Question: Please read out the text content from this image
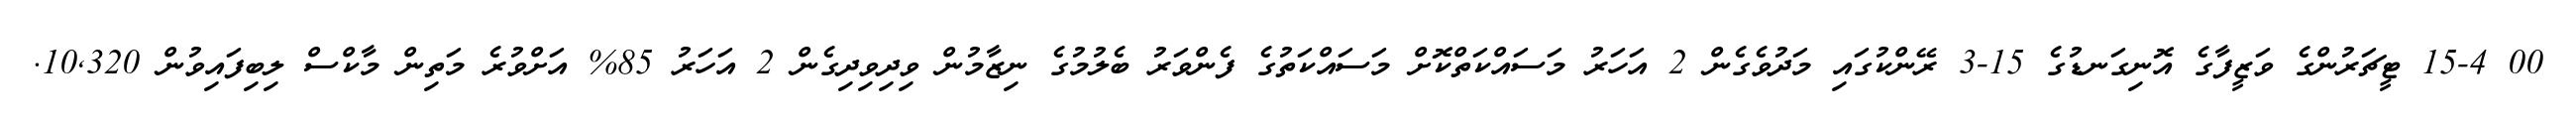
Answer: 00 15-4 ޓީޗަރުންގެ ވަޒީފާގެ އޮނިގަނޑުގެ 15-3 ރޭންކުގައި މަދުވެގެން 2 އަހަރު މަސައްކަތްކޮށް މަސައްކަތުގެ ފެންވަރު ބެލުމުގެ ނިޒާމުން ވިދިވިދިގެން 2 އަހަރު 85% އަށްވުރެ މަތިން މާކްސް ލިބިފައިވުން 10,320.